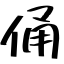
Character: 俑